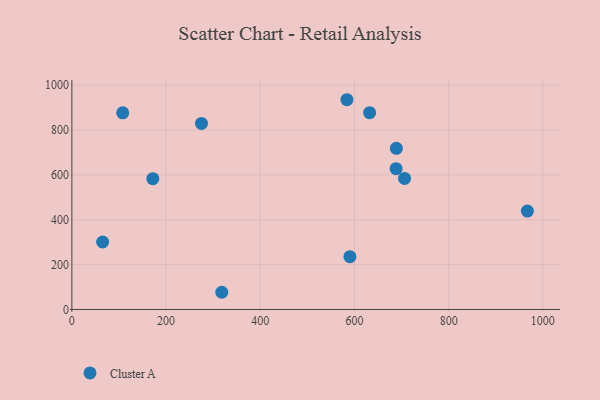
{"axis": {"x": "Price", "y": "Salary"}, "legend": ["Cluster A"], "data": [{"x": "688.5", "y": 627.3, "type": "Cluster A"}, {"x": "584.1", "y": 934.8, "type": "Cluster A"}, {"x": "171.9", "y": 582.9, "type": "Cluster A"}, {"x": "632.2", "y": 877.3, "type": "Cluster A"}, {"x": "275.2", "y": 829.0, "type": "Cluster A"}, {"x": "689.0", "y": 718.2, "type": "Cluster A"}, {"x": "65.3", "y": 300.6, "type": "Cluster A"}, {"x": "590.4", "y": 235.1, "type": "Cluster A"}, {"x": "318.3", "y": 76.6, "type": "Cluster A"}, {"x": "967.2", "y": 438.5, "type": "Cluster A"}, {"x": "706.4", "y": 584.2, "type": "Cluster A"}, {"x": "108.0", "y": 876.5, "type": "Cluster A"}]}